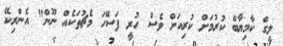
ލީގް ކާމިޔާބް ކުރުމަށް ކުރިއަށް ވެސް ހުރީ ފަސޭހަ މެޗުތަކެއް ނޫން" އެންރިކޭ